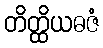
တိတ္ထိယဓဇံ